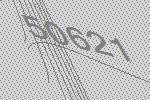
50621